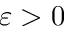
\varepsilon > 0